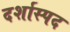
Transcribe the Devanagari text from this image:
दर्शास्पद